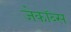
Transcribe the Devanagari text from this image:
जेकॉब्स